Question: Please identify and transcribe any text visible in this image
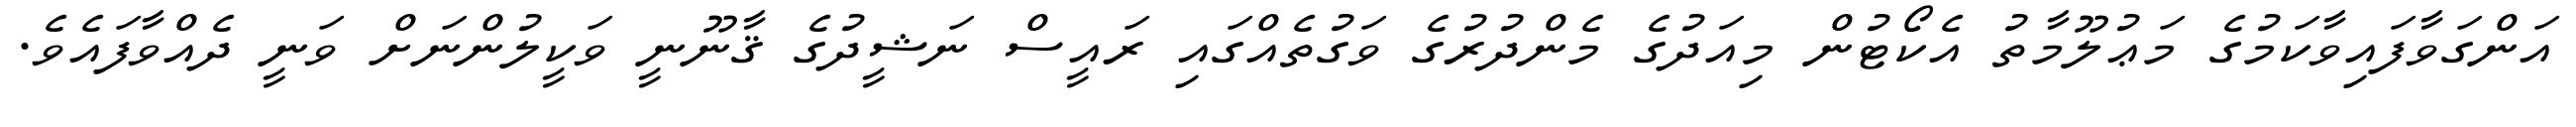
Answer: އަންގަވާފައިވާކަމުގެ މަޢުލޫމާތު އެކޯޓުން މިއަދުގެ މެންދުރުގެ ވަގުތެއްގައި ރައީސް ނަޝީދުގެ ޤާނޫނީ ވަކީލުންނަށް ވަނީ ދެއްވާފައެވެ.